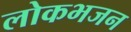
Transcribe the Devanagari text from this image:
लोकभजन